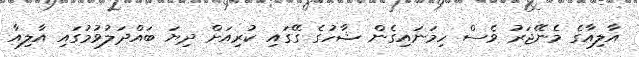
އާލިއާގެ މެނޭޖަރު ވެސް ހިމަނައިގެން ޝާހުގެ ގޭގައި ކުރިއަށް ދިޔަ ބައްދަލުވުމުގައި އާލިއާ